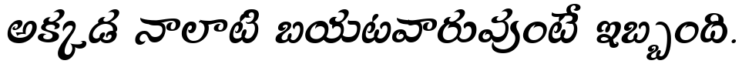
అక్కడ నాలాటి బయటవారువుంటే ఇబ్బంది.